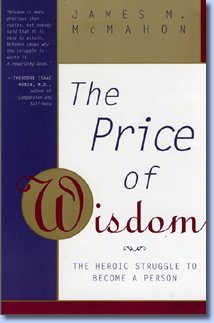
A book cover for The Price of Wisdom: The Heroic Struggle to Become a Person; James McMahon; Self-Help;